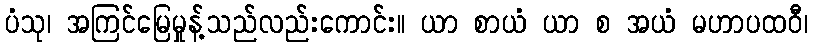
ပံသု၊ အကြင်မြေမှုန့်သည်လည်းကောင်း။ ယာ စာယံ ယာ စ အယံ မဟာပထဝီ၊